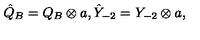
\hat { Q } _ { B } = Q _ { B } \otimes a , \hat { Y } _ { - 2 } = Y _ { - 2 } \otimes a ,